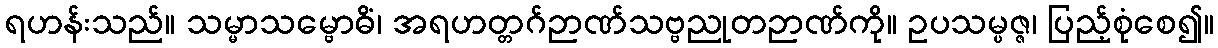
ရဟန်းသည်။ သမ္မာသမ္ဗောဓိံ၊ အရဟတ္တဂ်ဉာဏ်သဗ္ဗညုတဉာဏ်ကို။ ဥပသမ္ပဇ္ဇ၊ ပြည့်စုံစေ၍။